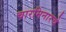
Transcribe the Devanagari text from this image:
चारमिनारचे